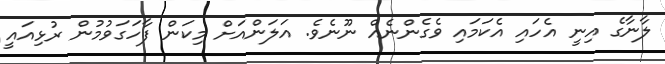
ލާނާގެ އިނީ އެހައި އެކަމައި ވެގެންނެއް ނޫނެވެ. އަލަންއަށް މިކަން ފާހަގަވުމުން ރުޅިއައީ